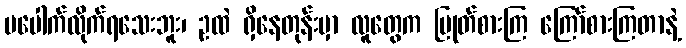
မပေါက်လိုက်ရသေးဘူး၊ ဥထဲ ရှိနေတုန်းမှာ လူတွေက ပြုတ်စားကြ ကြော်စားကြတာနဲ့